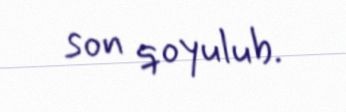
son qoyulub.